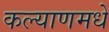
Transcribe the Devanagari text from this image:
कल्याणमधे